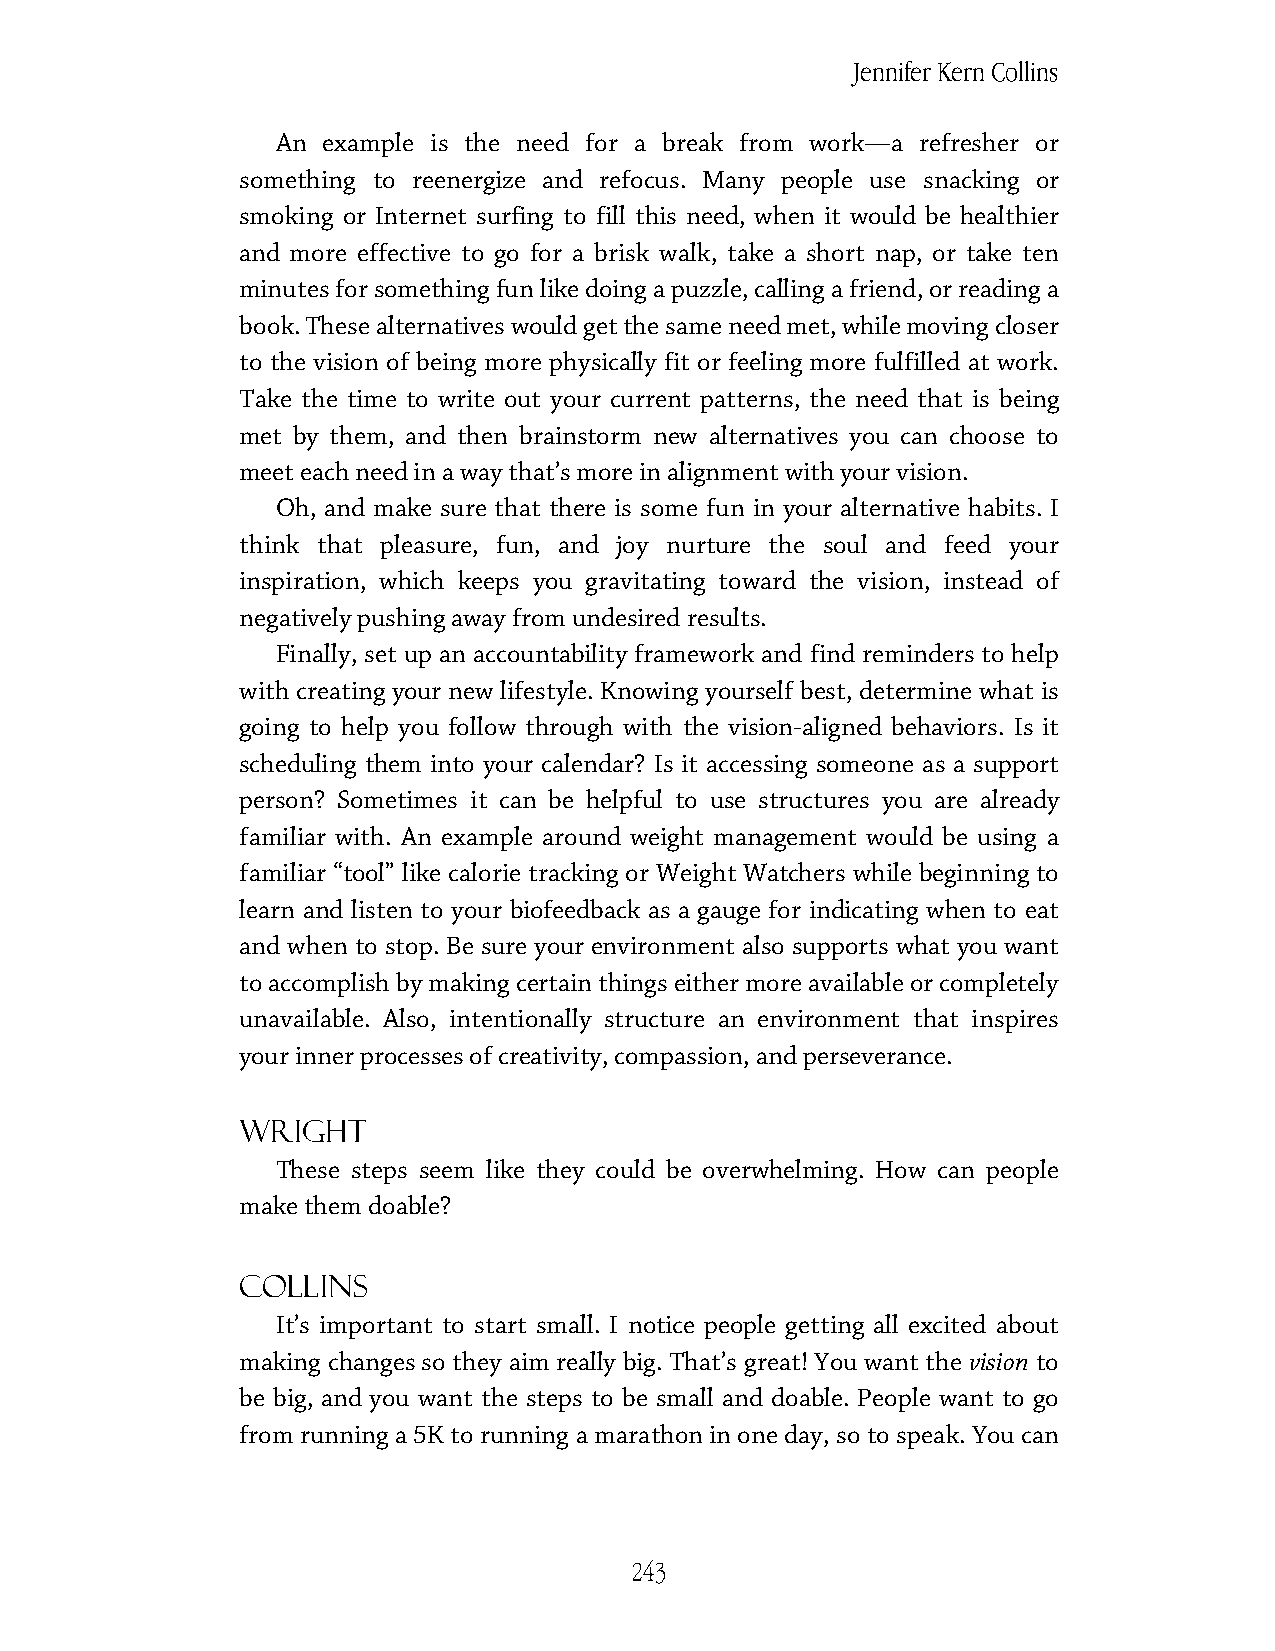
Jennifer Kern Collins
 An example is the need for a break from work—a refresher or
 something to reenergize and refocus. Many people use snacking or
 smoking or Internet surfing to fill this need, when it would be healthier
 and more effective to go for a brisk walk, take a short nap, or take ten
 minutes for something fun like doing a puzzle, calling a friend, or reading a
 book. These alternatives would get the same need met, while moving closer
 to the vision of being more physically fit or feeling more fulfilled at work.
 Take the time to write out your current patterns, the need that is being
 met by them, and then brainstorm new alternatives you can choose to
 meet each need in a way that’s more in alignment with your vision.
 Oh, and make sure that there is some fun in your alternative habits. I
 think that pleasure, fun, and joy nurture the soul and feed your
 inspiration, which keeps you gravitating toward the vision, instead of
 negatively pushing away from undesired results.
 Finally, set up an accountability framework and find reminders to help
 with creating your new lifestyle. Knowing yourself best, determine what is
 going to help you follow through with the vision-aligned behaviors. Is it
 scheduling them into your calendar? Is it accessing someone as a support
 person? Sometimes it can be helpful to use structures you are already
 familiar with. An example around weight management would be using a
 familiar “tool” like calorie tracking or Weight Watchers while beginning to
 learn and listen to your biofeedback as a gauge for indicating when to eat
 and when to stop. Be sure your environment also supports what you want
 to accomplish by making certain things either more available or completely
 unavailable. Also, intentionally structure an environment that inspires
 your inner processes of creativity, compassion, and perseverance.
 Wright
 These steps seem like they could be overwhelming. How can people
 make them doable?
 Collins
 It’s important to start small. I notice people getting all excited about
 making changes so they aim really big. That’s great! You want the vision to
 be big, and you want the steps to be small and doable. People want to go
 from running a 5K to running a marathon in one day, so to speak. You can
 243